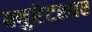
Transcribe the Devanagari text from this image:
क्युरेटरवर